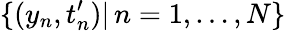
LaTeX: \{ (y_{n},t_{n}^{\prime})|\, n=1,\dots,N\}